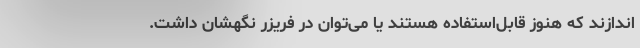
اندازند که هنوز قابل‌استفاده هستند یا می‌توان در فریزر نگهشان داشت.